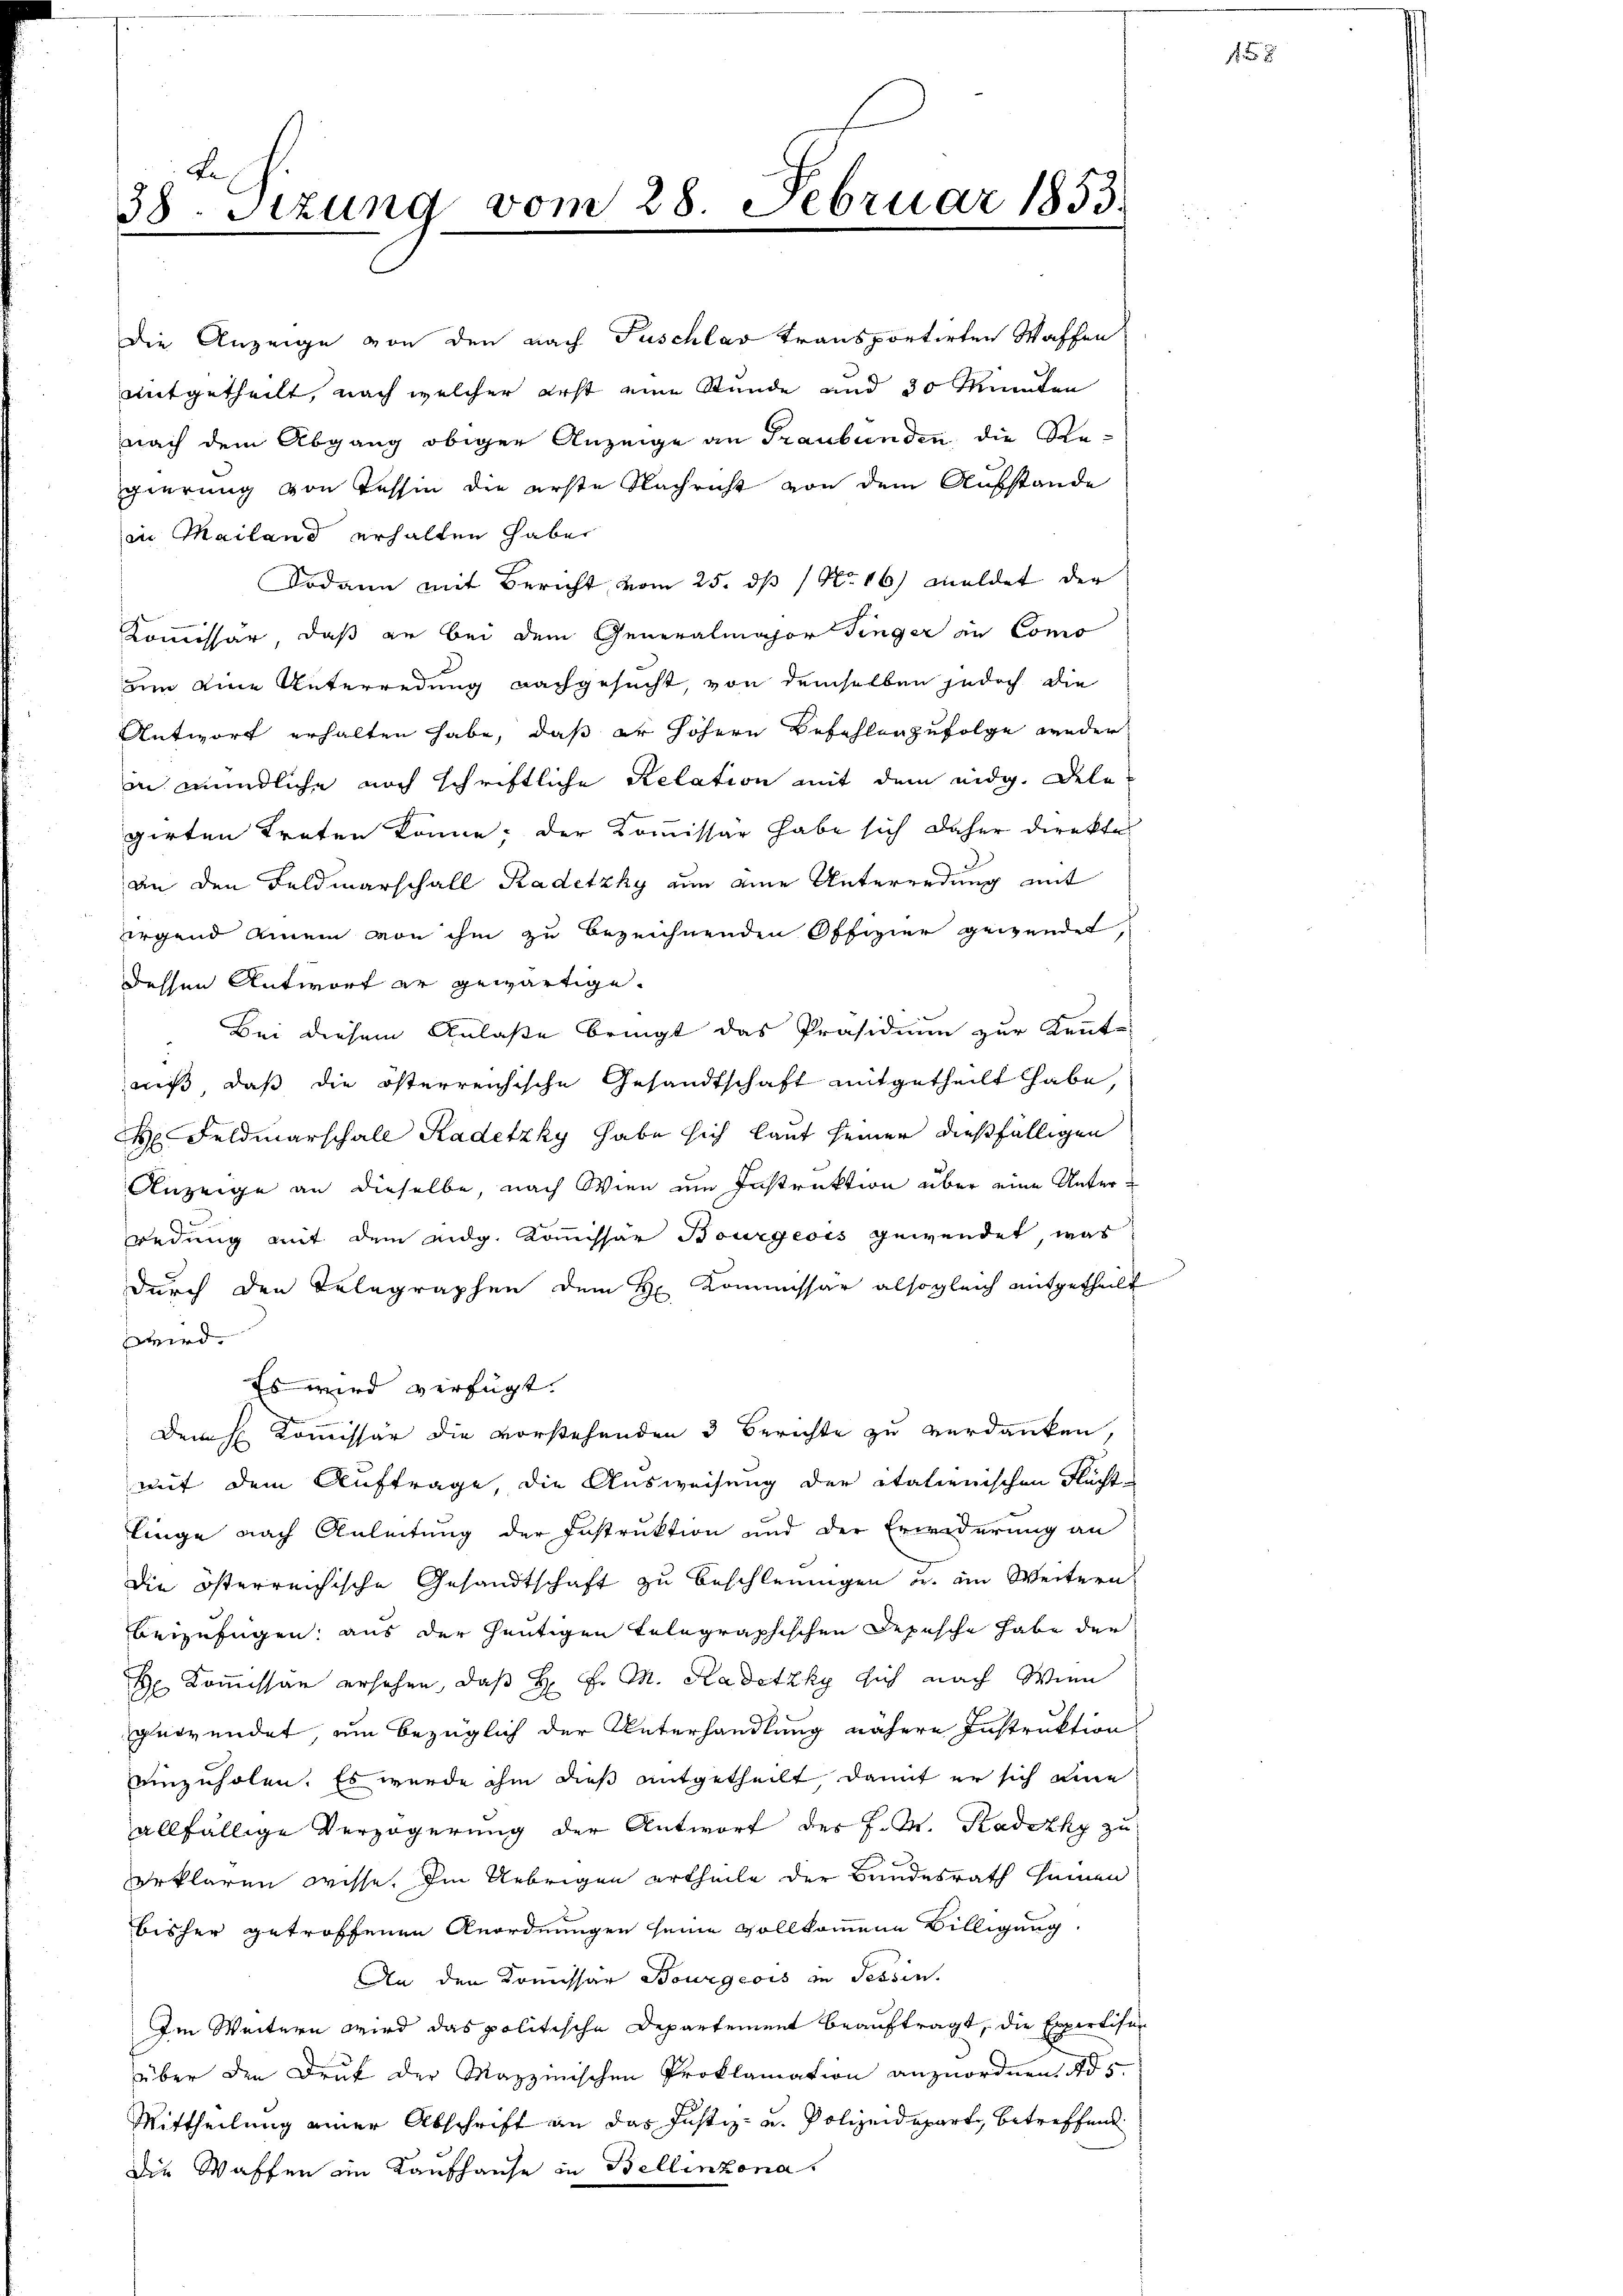
38. Sitzung vom 28. Februar 1853.

gierung von Tessin die erste Nachricht von dem Aufstande
in Mailand erhalten habe.
Dodann mit Bericht vom 25. ds No 16) meldet der
Kommissär, daß er bei dem Generalmajor Finger in Como
um eine Unterredung nachgesucht, von demselben jedoch die
Antwort erhalten habe, daß er höhern Befehlenzufolge weder
in mündliche noch schriftliche Relation mit dem eidg. Delegirten treten könne; der Kommissär habe sich daher direkte
an den Feldmarschall Radetzky an eine Unterredung mit
irgend einem von ihm zu bezeichnenden Offizier gewendet,
dessen Antwort er gewärtige.
Bei diesem Anlaße bringt das Präsidium zur Kennt-
miß, daß die österreichische Gesandtschaft mitgetheilt habe,
 Feldmarschall Kadetzky habe sich laut seiner dießfälligen
Anzeige an dieselbe, nach Wien um Instruktion über eine Unterredung mit dem eidg. Kommissär Bourgeois gewendet, was
durch den Telegraphen dem H. Kommissar alsogleich mitgetheilt
wird.
Es wird verfügt:
Dem H: Kommissär die vorstehenden 3 Berichte zu verdanken,
mit dem Auftrage, die Ausweisung der italienischen Nächt-
linge nach Anleitung der Instruktion und der Erwiderung an
die österreichische Gesandtschaft zu beschleunigen u. im Weitern
beizufügen; aus der heutigen Telegraphischen Depesche habe der
Kommissar ersehen, daß H. F. M. Radetzky sich nach Wien
gewendet, um bezüglich der Unterhandlung nähere Instruktion
einzuholen. Es wurde ihm dieß mitgetheilt, damit er sich eine
allfällige Verzögerŭng der Antwort des J. M. Kadecky zu
erklären wisse. Im Uebrigen ertheile der Bundesrath seinen
bisher getroffenen Anordnungen seine vollkommene Billigung.
An den Kommissar Bourgeois in Tessin.
Im Weitern wird das politische Departement beauftragt, die Expertisen
über den Druk der Mazzinischen Proklamation anzuordnen. Ad 5.
Mittheilung einer Abschrift an das Justiz- u. Polizeideparte, betreffend
die Waffen im Kaufhause in Bellinzona

die Anzeige von den nach Fuschlag transportirten Waffen
mitgetheilt, nach welcher erst eine Stunde und 30 Minden
nach dem Abgang obiger Anzeige an Graubünden, die Re¬

1